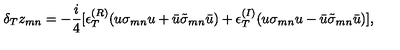
\delta _ { T } z _ { m n } = - \frac { i } { 4 } [ \epsilon _ { T } ^ { ( R ) } ( u \sigma _ { m n } u + \bar { u } \tilde { \sigma } _ { m n } \bar { u } ) + \epsilon _ { T } ^ { ( I ) } ( u \sigma _ { m n } u - \bar { u } \tilde { \sigma } _ { m n } \bar { u } ) ] ,